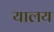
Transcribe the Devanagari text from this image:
यालय